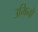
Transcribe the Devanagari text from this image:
उमिनो